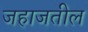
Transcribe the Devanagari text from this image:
जहाजतील